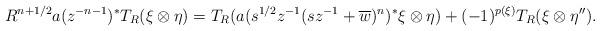
LaTeX: \begin{align*}R^{n+1/2} a(z^{-n-1})^* T_R(\xi \otimes \eta) = T_R(a(s^{1/2}z^{-1}(sz^{-1} + \overline{w})^n)^*\xi \otimes \eta) + (-1)^{p(\xi)} T_R(\xi \otimes \eta^{\prime\prime}).\end{align*}